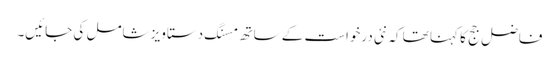
فاضل جج کا کہنا تھا کہ نئی درخواست کے ساتھ مسنگ دستاویز شامل کی جائیں۔